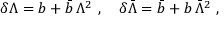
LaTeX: \delta \Lambda = b + \bar { b } \, \Lambda ^ { 2 } ~ , \quad \delta \bar { \Lambda } = \bar { b } + b \, \bar { \Lambda } ^ { 2 } ~ ,